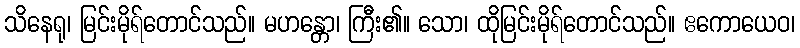
သိနေရု၊ မြင်းမိုရ်တောင်သည်။ မဟန္တော၊ ကြီး၏။ သော၊ ထိုမြင်းမိုရ်တောင်သည်။ ဧကောယေဝ၊